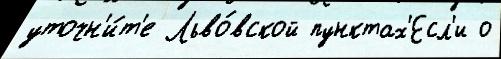
уточн'и́т'е Льво́вской пунктах'Есл'и о